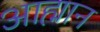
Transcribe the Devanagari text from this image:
आह्मान